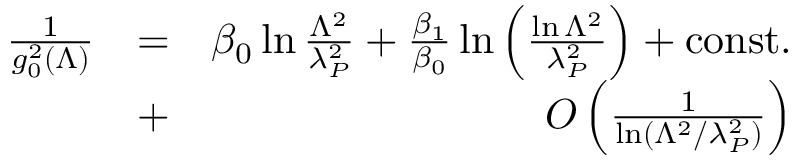
\begin{array} { r l r } { { \frac { 1 } { g _ { 0 } ^ { 2 } ( \Lambda ) } } } & { = } & { \beta _ { 0 } \ln { \frac { \Lambda ^ { 2 } } { \lambda _ { P } ^ { 2 } } } + { \frac { \beta _ { 1 } } { \beta _ { 0 } } } \ln \left( { \frac { \ln \Lambda ^ { 2 } } { \lambda _ { P } ^ { 2 } } } \right) + \mathrm { c o n s t . } } \\ & { + } & { { \cal O } \left( { \frac { 1 } { \ln ( \Lambda ^ { 2 } / \lambda _ { P } ^ { 2 } ) } } \right) } \end{array}